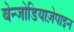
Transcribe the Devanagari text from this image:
बेन्जोडियाज़ेपाइन